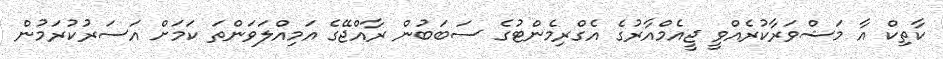
ކާތިކް އާ މަޝްވަރާކުރެއްވީ ޖީއެމްއާރުގެ އެގްރިމެންޓުގެ ސަބަބުން ރާއްޖޭގެ އަމިއްލަވަންތަ ކަމަށް އަސަރުކުރަމުން